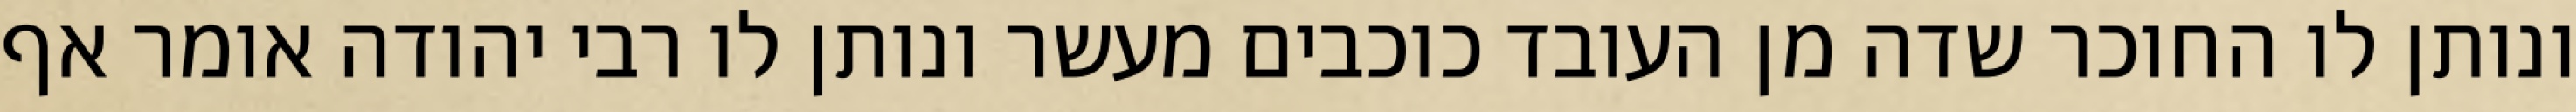
ונותן לו החוכר שדה מן העובד כוכבים מעשר ונותן לו רבי יהודה אומר אף